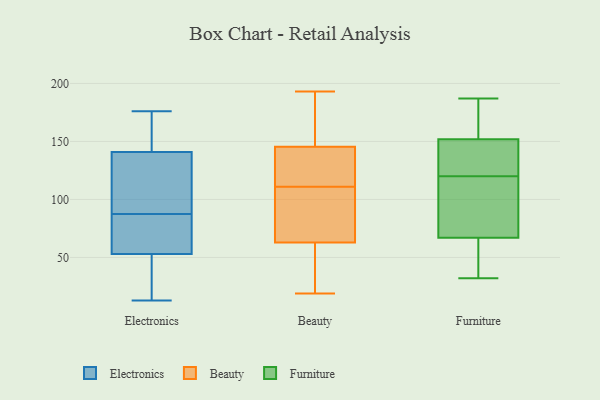
{"axis": {"x": "Churn Rate (%)", "y": "Value"}, "legend": ["Beauty", "Electronics", "Furniture"], "data": [{"x": "", "y": 53, "type": "Electronics"}, {"x": "", "y": 92, "type": "Electronics"}, {"x": "", "y": 48, "type": "Electronics"}, {"x": "", "y": 64, "type": "Electronics"}, {"x": "", "y": 141, "type": "Electronics"}, {"x": "", "y": 83, "type": "Electronics"}, {"x": "", "y": 176, "type": "Electronics"}, {"x": "", "y": 47, "type": "Electronics"}, {"x": "", "y": 150, "type": "Electronics"}, {"x": "", "y": 62, "type": "Electronics"}, {"x": "", "y": 118, "type": "Electronics"}, {"x": "", "y": 150, "type": "Electronics"}, {"x": "", "y": 131, "type": "Electronics"}, {"x": "", "y": 13, "type": "Electronics"}, {"x": "", "y": 154, "type": "Beauty"}, {"x": "", "y": 193, "type": "Beauty"}, {"x": "", "y": 59, "type": "Beauty"}, {"x": "", "y": 19, "type": "Beauty"}, {"x": "", "y": 75, "type": "Beauty"}, {"x": "", "y": 111, "type": "Beauty"}, {"x": "", "y": 85, "type": "Beauty"}, {"x": "", "y": 126, "type": "Beauty"}, {"x": "", "y": 114, "type": "Beauty"}, {"x": "", "y": 152, "type": "Beauty"}, {"x": "", "y": 36, "type": "Beauty"}, {"x": "", "y": 115, "type": "Furniture"}, {"x": "", "y": 32, "type": "Furniture"}, {"x": "", "y": 67, "type": "Furniture"}, {"x": "", "y": 135, "type": "Furniture"}, {"x": "", "y": 129, "type": "Furniture"}, {"x": "", "y": 184, "type": "Furniture"}, {"x": "", "y": 70, "type": "Furniture"}, {"x": "", "y": 152, "type": "Furniture"}, {"x": "", "y": 58, "type": "Furniture"}, {"x": "", "y": 167, "type": "Furniture"}, {"x": "", "y": 35, "type": "Furniture"}, {"x": "", "y": 187, "type": "Furniture"}, {"x": "", "y": 76, "type": "Furniture"}, {"x": "", "y": 125, "type": "Furniture"}]}